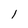
Character: l